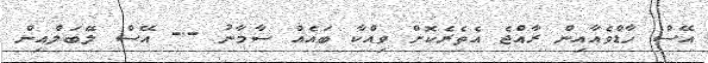
އޭސް ހާޑްވެއާއިން ރާއްޖެ އެތެރެކޮށް ވިއްކާ ބައެއް ސާމާނު -- އޭސް ލޭބަލްއިން